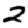
Digit: 2